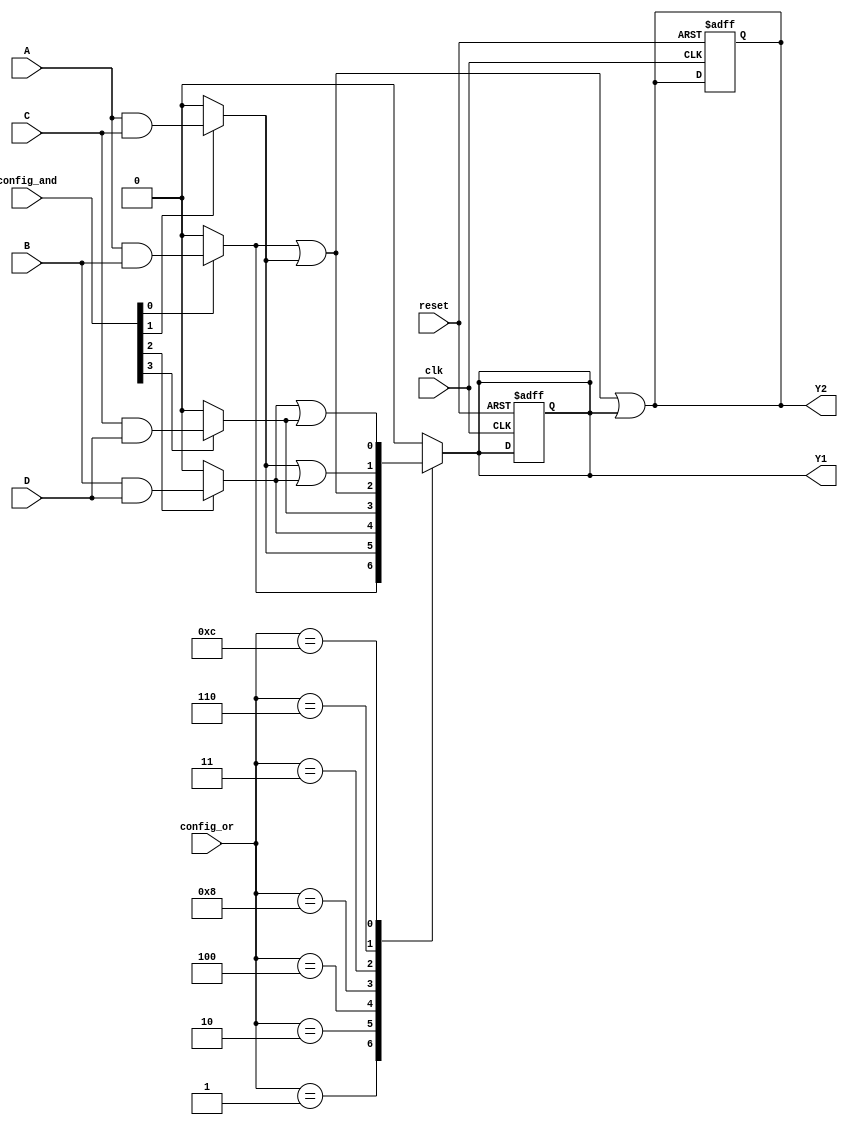
module CLB (
    input wire A,          // Input A
    input wire B,          // Input B
    input wire C,          // Input C
    input wire D,          // Input D
    input wire clk,        // Clock signal
    input wire reset,      // Reset signal
    input wire [3:0] config_and, // Configuration for AND array
    input wire [3:0] config_or,  // Configuration for OR array
    output reg Y1,         // Output Y1
    output reg Y2          // Output Y2
);

// Internal signals for product terms
wire p0, p1, p2, p3;

// Programmable AND array
assign p0 = (config_and[0]) ? (A & B) : 1'b0;
assign p1 = (config_and[1]) ? (A & C) : 1'b0;
assign p2 = (config_and[2]) ? (B & D) : 1'b0;
assign p3 = (config_and[3]) ? (C & D) : 1'b0;

// Feedback paths (example: feedback from Y1 to AND array)
wire feedback_Y1;
assign feedback_Y1 = Y1;

// Programmable OR array
always @(*) begin
    case (config_or)
        4'b0001: Y1 = p0;
        4'b0010: Y1 = p1;
        4'b0100: Y1 = p2;
        4'b1000: Y1 = p3;
        4'b0011: Y1 = p0 | p1; // Example of combining product terms
        4'b0110: Y1 = p1 | p2;
        4'b1100: Y1 = p2 | p3;
        default: Y1 = 1'b0; // Default case
    endcase
end

// Output Y2 can be another combination of product terms or feedback
always @(*) begin
    Y2 = p0 | p1 | feedback_Y1; // Example logic for Y2
end

// Timing control (synchronous reset)
always @(posedge clk or posedge reset) begin
    if (reset) begin
        Y1 <= 1'b0;
        Y2 <= 1'b0;
    end
end

endmodule